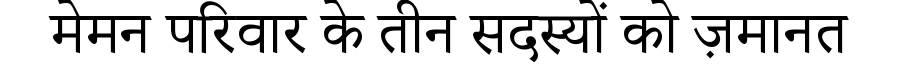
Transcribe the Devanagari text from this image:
मेमन परिवार के तीन सदस्यों को ज़मानत